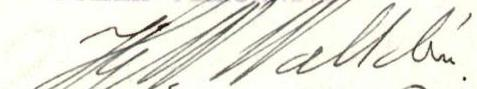
Hj.W. Walldén